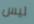
ليس